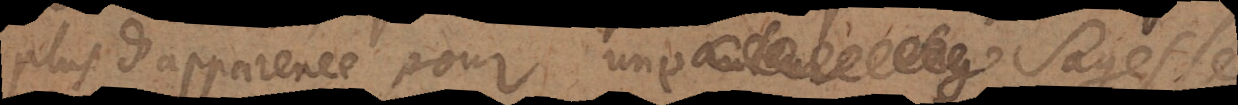
plus d’apparence pour une sagesse